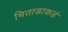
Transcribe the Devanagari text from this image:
भिताडाकडं